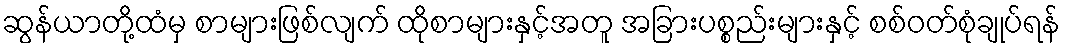
ဆွန်ယာတို့ထံမှ စာများဖြစ်လျက် ထိုစာများနှင့်အတူ အခြားပစ္စည်းများနှင့် စစ်ဝတ်စုံချုပ်ရန်